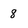
Character: 8